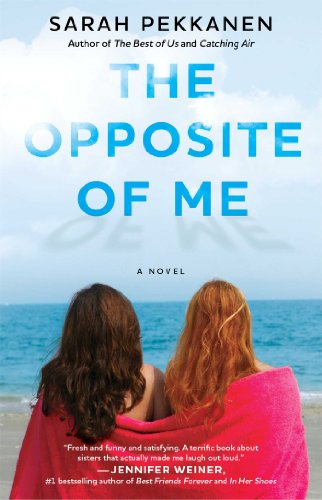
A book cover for The Opposite of Me: A Novel; Sarah Pekkanen; Literature & Fiction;